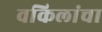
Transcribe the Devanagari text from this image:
वकिलांचा